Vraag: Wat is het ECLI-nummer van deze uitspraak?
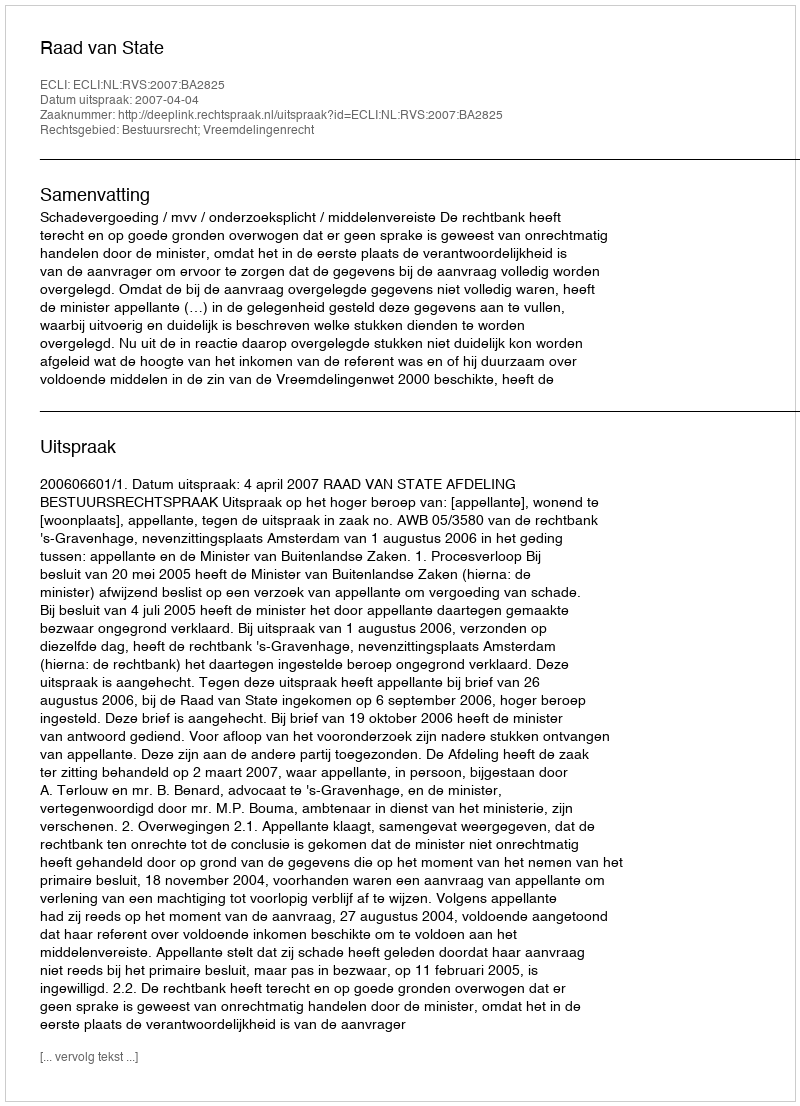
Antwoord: ECLI:NL:RVS:2007:BA2825